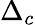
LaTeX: \Delta_{c}